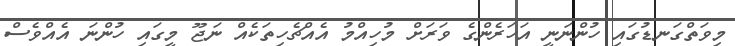
މިވަތްގަނޑުގައި ހުންނަނީ އަހަރެންގެ ވަރަށް މުހިއްމު އެއްޗެހިތަކެއް ނަޖޫ މީގައި ހުންނަ އެއްވެސް